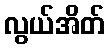
လွယ်အိတ်